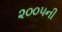
૨૦૦૫ની